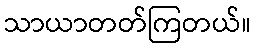
သာယာတတ်ကြတယ်။